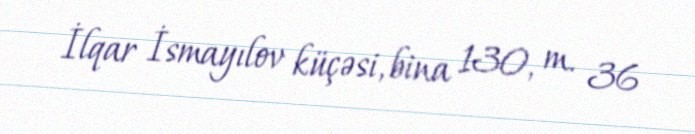
İlqar İsmayılov küçəsi, bina 130, m. 36